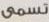
تسمى